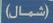
(شمال)